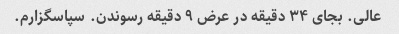
عالی. بجای ۳۴ دقیقه در عرض ۹ دقیقه رسوندن. سپاسگزارم.